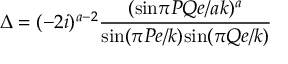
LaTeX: \Delta = ( - 2 i ) ^ { a - 2 } \frac { ( \mathrm { s i n } \pi P Q e / a k ) ^ { a } } { \mathrm { s i n } ( \pi P e / k ) \mathrm { s i n } ( \pi Q e / k ) }